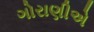
ગોરાણીએ